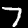
Digit: 7